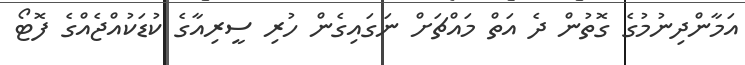
އަމާންދިނުމުގެ ގޮތުން ދެ އަތް މައްޗަށް ނަގައިގެން ހުރި ސީރިއާގެ ކުޑަކުއްޖެއްގެ ފޮޓޯ